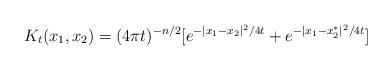
LaTeX: \begin{align*} K_t(x_1, x_2) = (4\pi t)^{-n/2}[e^{-|x_1 - x_2|^2/4t} + e^{-|x_1 - x_2^*|^2/4t}]\end{align*}